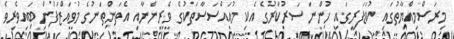
މިރަސްމިއްޔާތުގައި ކުޑަފަރީގައި ހުންނަ ސަރުކާރުގެ އެކި މުއައްސަސާތަކުގެ ވެރިންނާއި އެތަންތަނުގެ މުވައްޒަފުން ބައިވެރިވެ